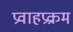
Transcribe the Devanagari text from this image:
प्रवाहप्रक्रम